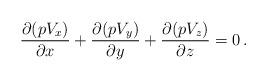
LaTeX: \begin{align*}\frac{\partial(pV_x)}{\partial x}+\frac{\partial(pV_y)}{\partial y}+\frac{\partial(pV_z)}{\partial z}=0\,.\end{align*}